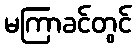
မကြာခင်တွင်